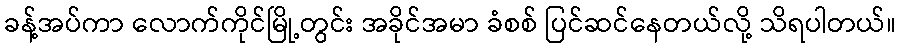
ခန့်အပ်ကာ လောက်ကိုင်မြို့တွင်း အခိုင်အမာ ခံစစ် ပြင်ဆင်နေတယ်လို့ သိရပါတယ်။